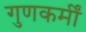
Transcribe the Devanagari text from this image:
गुणकर्मीं